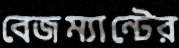
বেজম্যান্টের